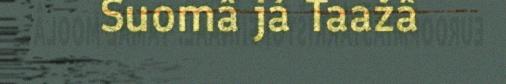
Suomâ já Taažâ